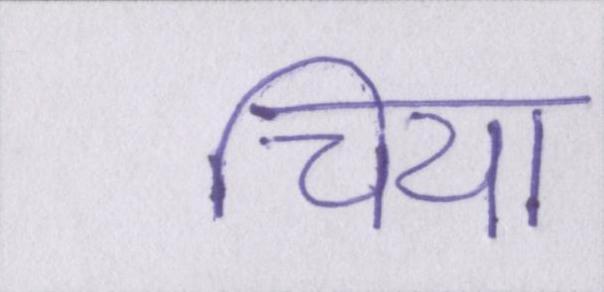
चिया